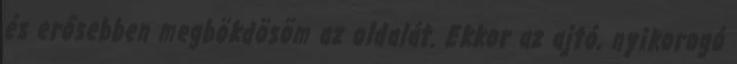
és erősebben megbökdösöm az oldalát. Ekkor az ajtó, nyikorogó